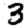
Digit: 3